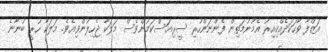
އަޒްފާ ވާހަކަދެއްކިއިރު އެމޫނުމަތިން ފެންނަންހުރި ސީރިއަސްކަމުންވެސް މަލަކާ ޖެހިލުންވިއެވެ. މަލަކާ ހުރީ ބުނާނެ